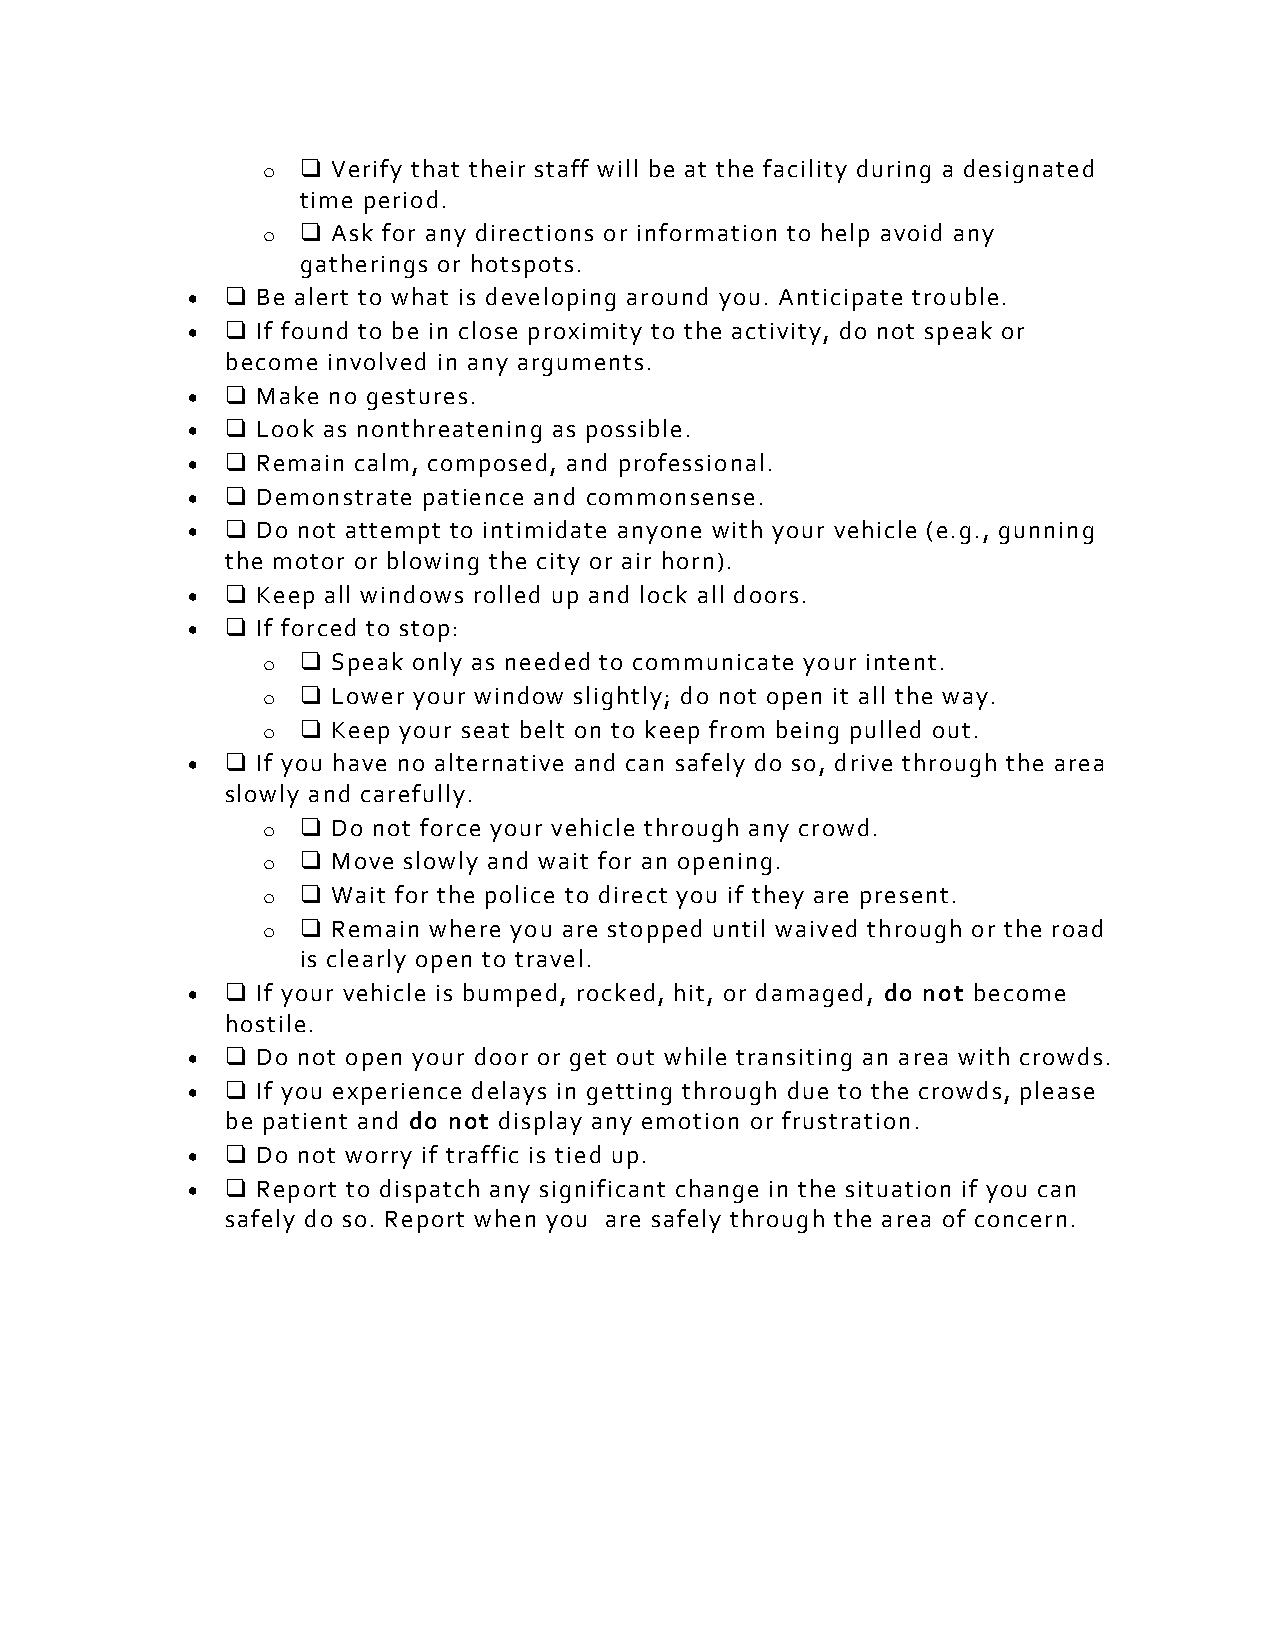
o  ❑ Verify that their staff will be at the facility during a designated
 time period.
 o  ❑ Ask for any directions or information to help avoid any
 gatherings or hotspots.
 •  ❑ Be alert to what is developing around you. Anticipate trouble.
 •  ❑ If found to be in close proximity to the activity, do not speak or
 become involved in any arguments.
 •  ❑ Make no gestures.
 •  ❑ Look as nonthreatening as possible.
 •  ❑ Remain calm, composed, and professional.
 •  ❑ Demonstrate patience and commonsense.
 •  ❑ Do not attempt to intimidate anyone with your vehicle (e.g., gunning
 the motor or blowing the city or air horn).
 •  ❑ Keep all windows rolled up and lock all doors.
 •  ❑ If forced to stop:
 o  ❑ Speak only as needed to communicate your intent.
 o  ❑ Lower your window slightly; do not open it all the way.
 o  ❑ Keep your seat belt on to keep from being pulled out.
 •  ❑ If you have no alternative and can safely do so, drive through the area
 slowly and carefully.
 o  ❑ Do not force your vehicle through any crowd.
 o  ❑ Move slowly and wait for an opening.
 o  ❑ Wait for the police to direct you if they are present.
 o  ❑ Remain where you are stopped until waived through or the road
 is clearly open to travel.
 •  ❑ If your vehicle is bumped, rocked, hit, or damaged, do not become
 hostile.
 •  ❑ Do not open your door or get out while transiting an area with crowds.
 •  ❑ If you experience delays in getting through due to the crowds, please
 be patient and do not display any emotion or frustration.
 •  ❑ Do not worry if traffic is tied up.
 •  ❑ Report to dispatch any significant change in the situation if you can
 safely do so. Report when you are safely through the area of concern.